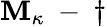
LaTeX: \mathbf{M}_{\kappa}\mathrm{{~-~}}\dagger